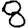
Digit: 8